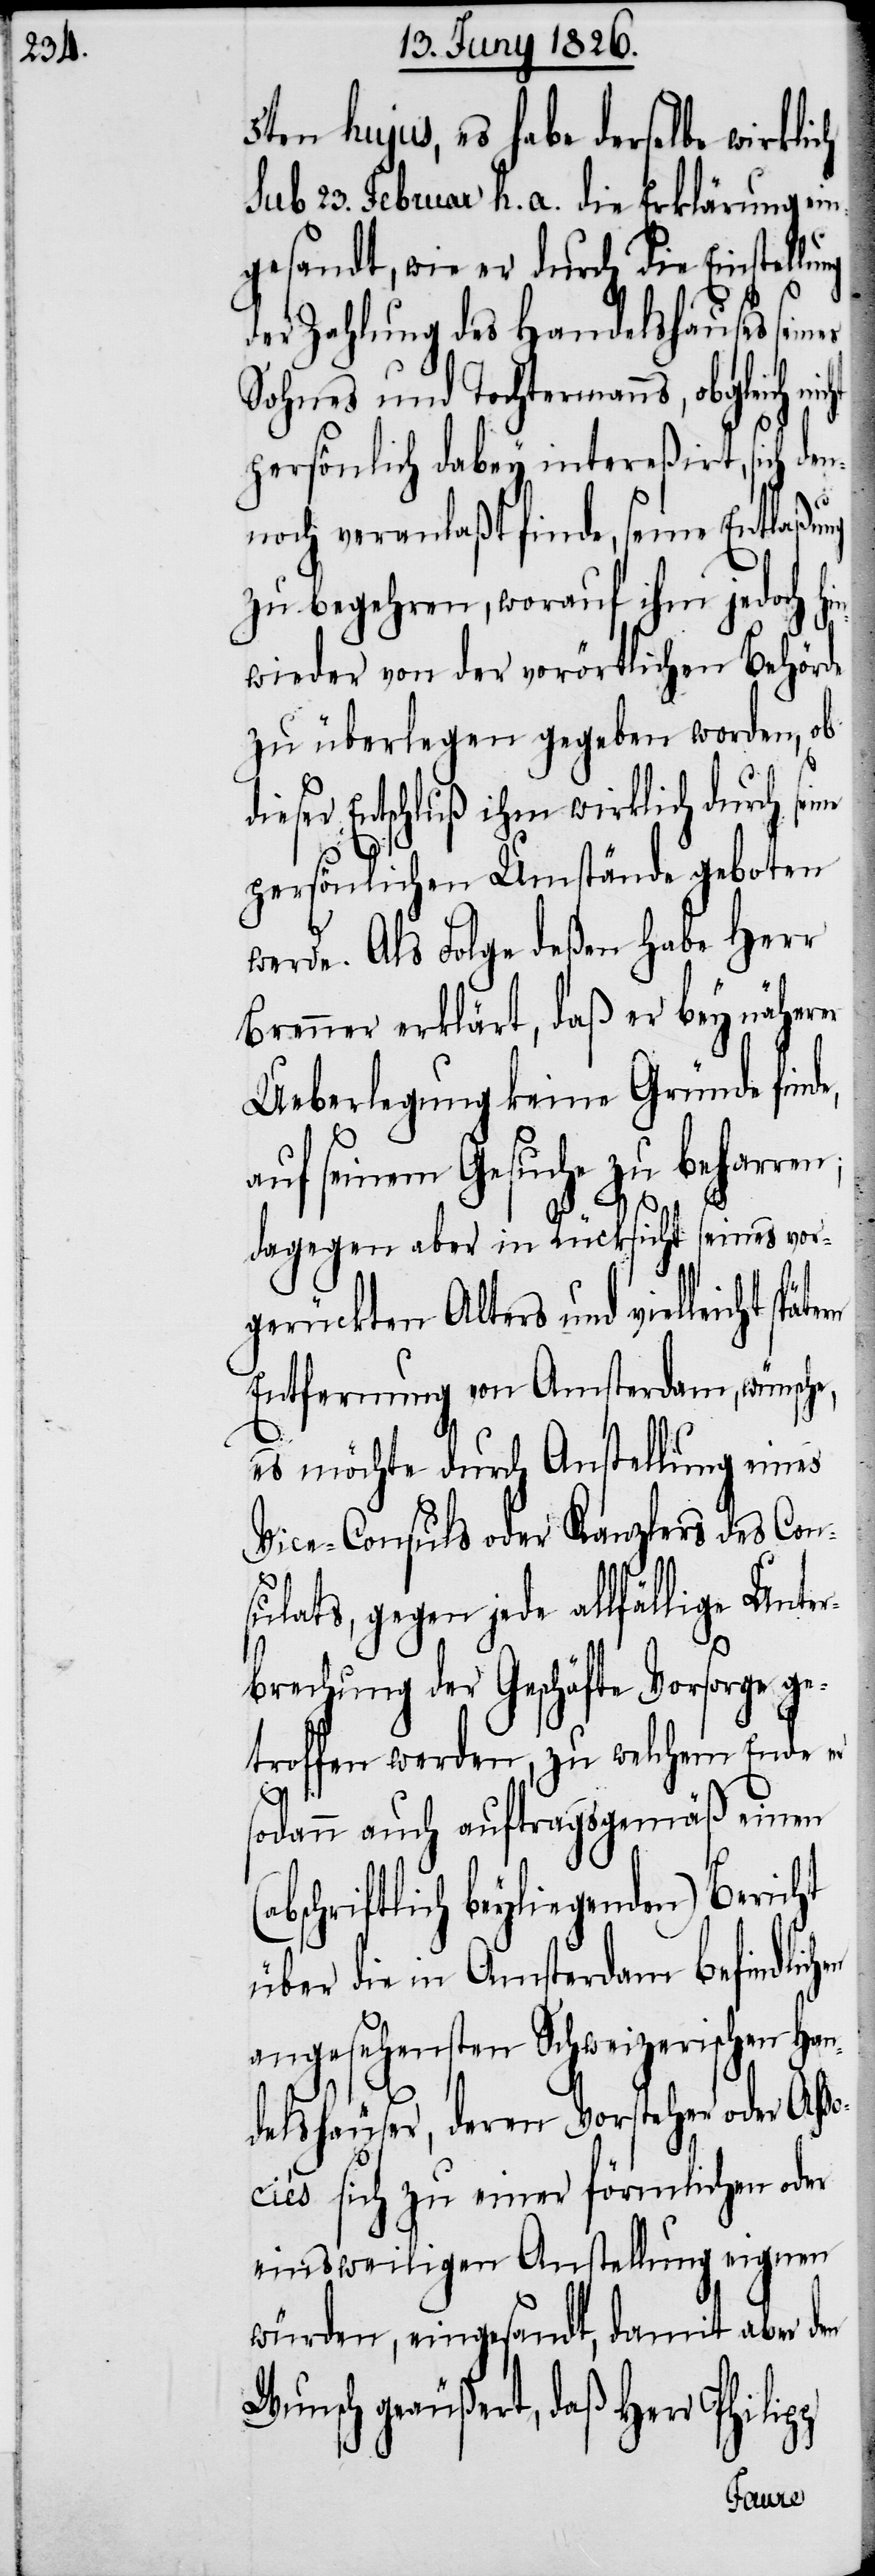
5ten hujus, es habe derselbe wirklich
sub 23. Februar h. a. die Erklärung ein¬
gesandt, wie er durch die Einstellu¬
der Zahlung des Handelshauses sein¬
Sohnes und Tochtermanns, obgleich
persönlich dabey intereßirt, sich de¬
n¬
noch veranlaßt finde, seine Entlaßung
zu begehren, worauf ihm jedoch h¬
wieder von der vorörtlichen Behörde
zu überlegen gegeben worden, ob
dieser Entschluß ihm wirklich durch sei¬
ne
persönlichen Umstände geboten
werde. Als Folge deßen habe Herr
Brenner erklärt, daß er bey näherer
Ueberlegung keine Gründe finde,
auf seinem Gesuche zu beharren;
dagegen aber in Rücksicht seines vor¬
gerückten Alters und vielleicht
Entfernung von Amsterdam, wünsch¬
es möchte durch Anstellung eines
Vice-Consuls oder Kanzlers des Con¬
sulats, gegen jede allfällige Unte¬
rbrechung der Geschäfte Vorsorge g¬
etroffen werden, zu welchem Ende er
sodann auch auftragsgemäß einen
bschriftlich beyliegenden) Bericht
über die in Amsterdam befindlichen
angesehensten Schweizerischen Han¬
delhäuser, deren Vorsteher oder Ass¬
ociés sich zu einer förmlichen oder
einsweiligen Anstellung eignen
würden, eingesandt, damit aber den
Wunsch geäußert, daß Herr Phili¬
pp